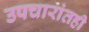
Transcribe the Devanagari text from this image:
उपचारांतही